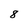
Character: 8